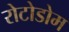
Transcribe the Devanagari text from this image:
रोटोडोम